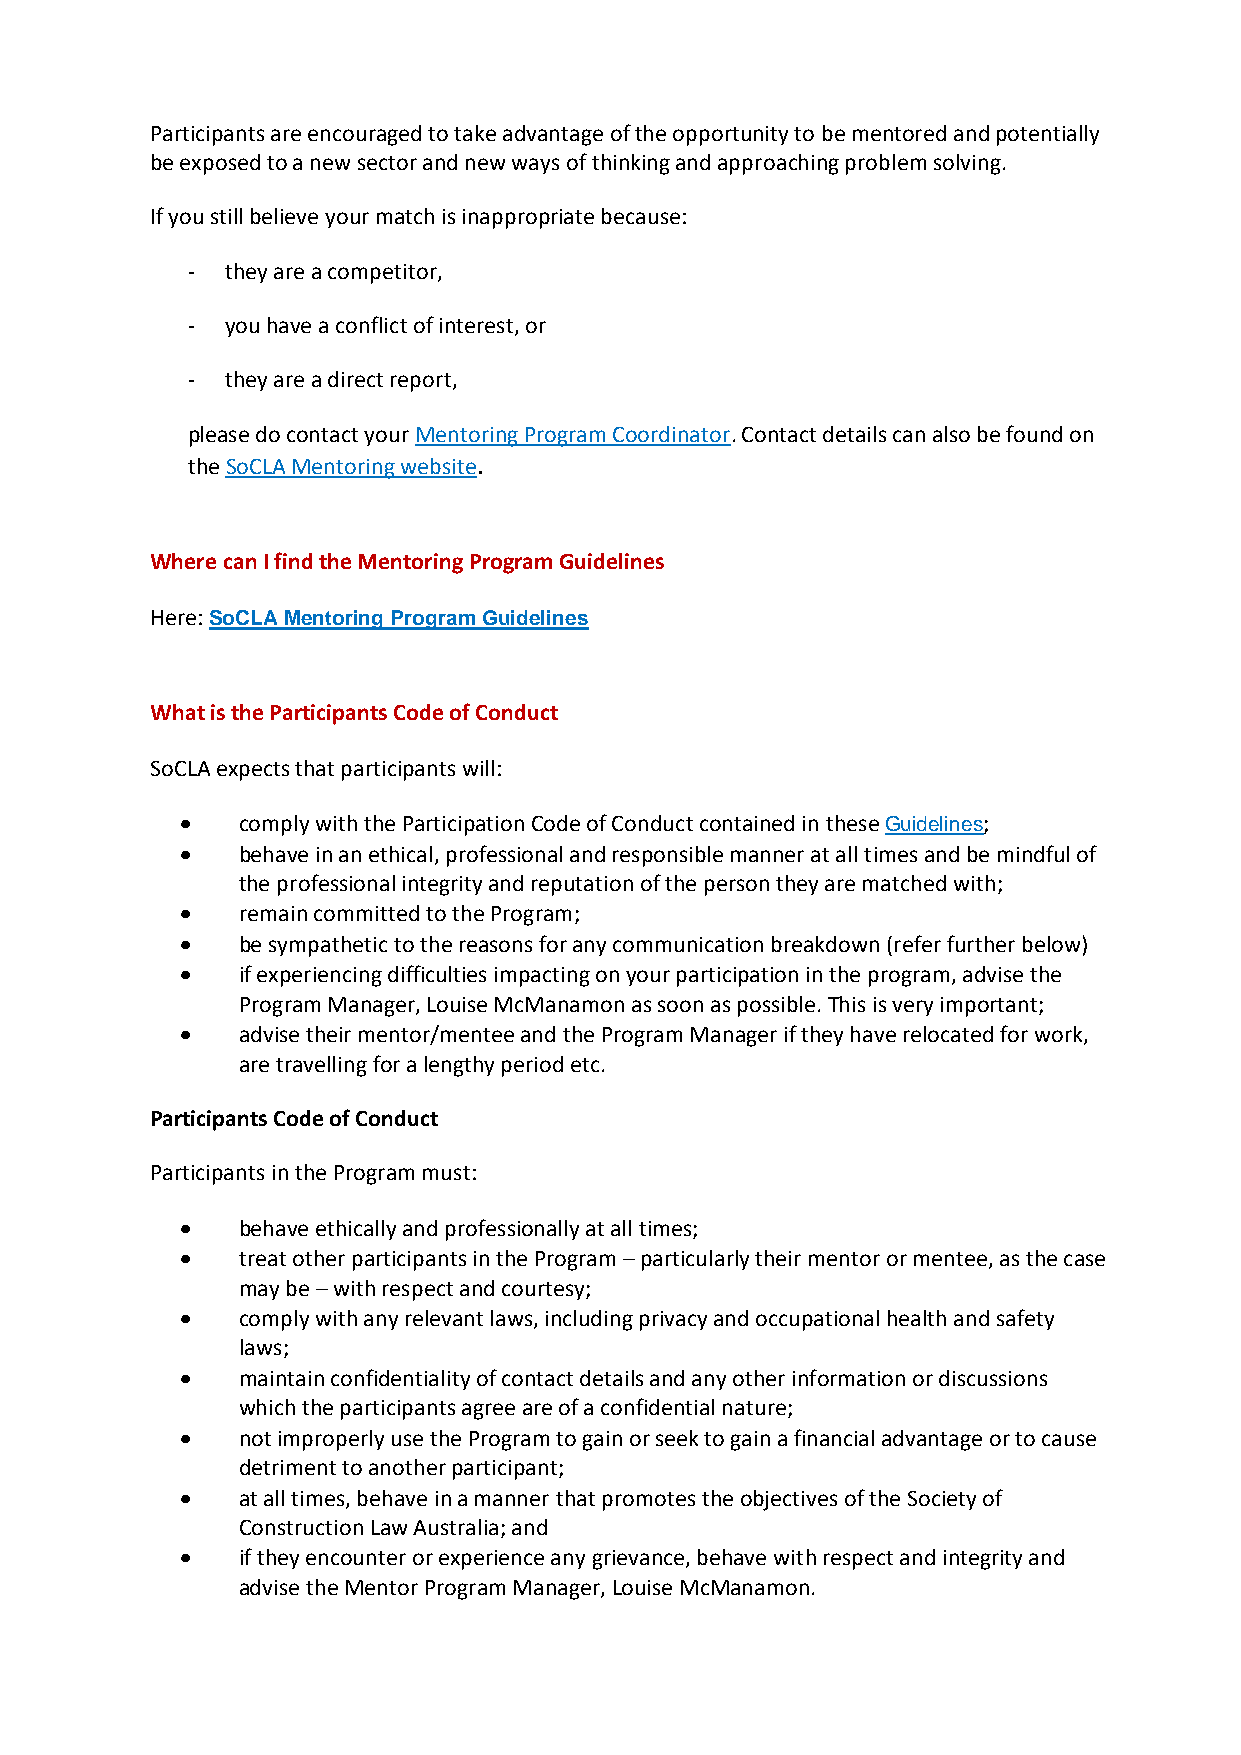
Participants are encouraged to take advantage of the opportunity to be mentored and potentially
 be exposed to a new sector and new ways of thinking and approaching problem solving.
 If you still believe your match is inappropriate because:
 -  they are a competitor,
 -  you have a conflict of interest, or
 -  they are a direct report,
 please do contact your Mentoring Program Coordinator. Contact details can also be found on
 the SoCLA Mentoring website.
 Where can I find the Mentoring Program Guidelines
 Here: SoCLA Mentoring Program Guidelines
 What is the Participants Code of Conduct
 SoCLA expects that participants will:
 •   comply with the Participation Code of Conduct contained in these Guidelines;
 •   behave in an ethical, professional and responsible manner at all times and be mindful of
 the professional integrity and reputation of the person they are matched with;
 •   remain committed to the Program;
 •   be sympathetic to the reasons for any communication breakdown (refer further below)
 •   if experiencing difficulties impacting on your participation in the program, advise the
 Program Manager, Louise McManamon as soon as possible. This is very important;
 •   advise their mentor/mentee and the Program Manager if they have relocated for work,
 are travelling for a lengthy period etc.
 Participants Code of Conduct
 Participants in the Program must:
 •   behave ethically and professionally at all times;
 •   treat other participants in the Program – particularly their mentor or mentee, as the case
 may be – with respect and courtesy;
 •   comply with any relevant laws, including privacy and occupational health and safety
 laws;
 •   maintain confidentiality of contact details and any other information or discussions
 which the participants agree are of a confidential nature;
 •   not improperly use the Program to gain or seek to gain a financial advantage or to cause
 detriment to another participant;
 •   at all times, behave in a manner that promotes the objectives of the Society of
 Construction Law Australia; and
 •   if they encounter or experience any grievance, behave with respect and integrity and
 advise the Mentor Program Manager, Louise McManamon.